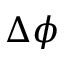
\Delta \phi